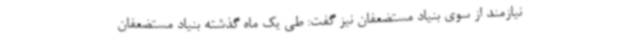
نیازمند از سوی بنیاد مستضعفان نیز گفت: طی یک ماه گذشته بنیاد مستضعفان